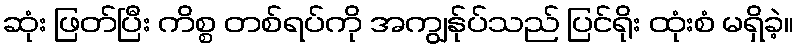
ဆုံး ဖြတ်ပြီး ကိစ္စ တစ်ရပ်ကို အကျွန်ုပ်သည် ပြင်ရိုး ထုံးစံ မရှိခဲ့။